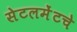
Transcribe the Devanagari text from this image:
सेटलमेंटचे